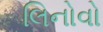
લિનોવો